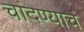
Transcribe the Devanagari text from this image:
चांदण्याचं